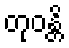
တုဝန္တိ